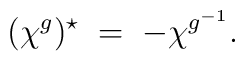
(\chi^g)^\star \; = \; - \chi^{g^{-1}}.